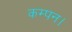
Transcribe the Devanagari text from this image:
कम्पन।